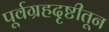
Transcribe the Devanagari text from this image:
पूर्वग्रहदृष्टीतून